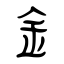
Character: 釒